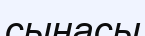
сынасы